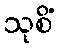
သုစိံ